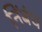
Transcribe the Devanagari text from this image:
निंबंध